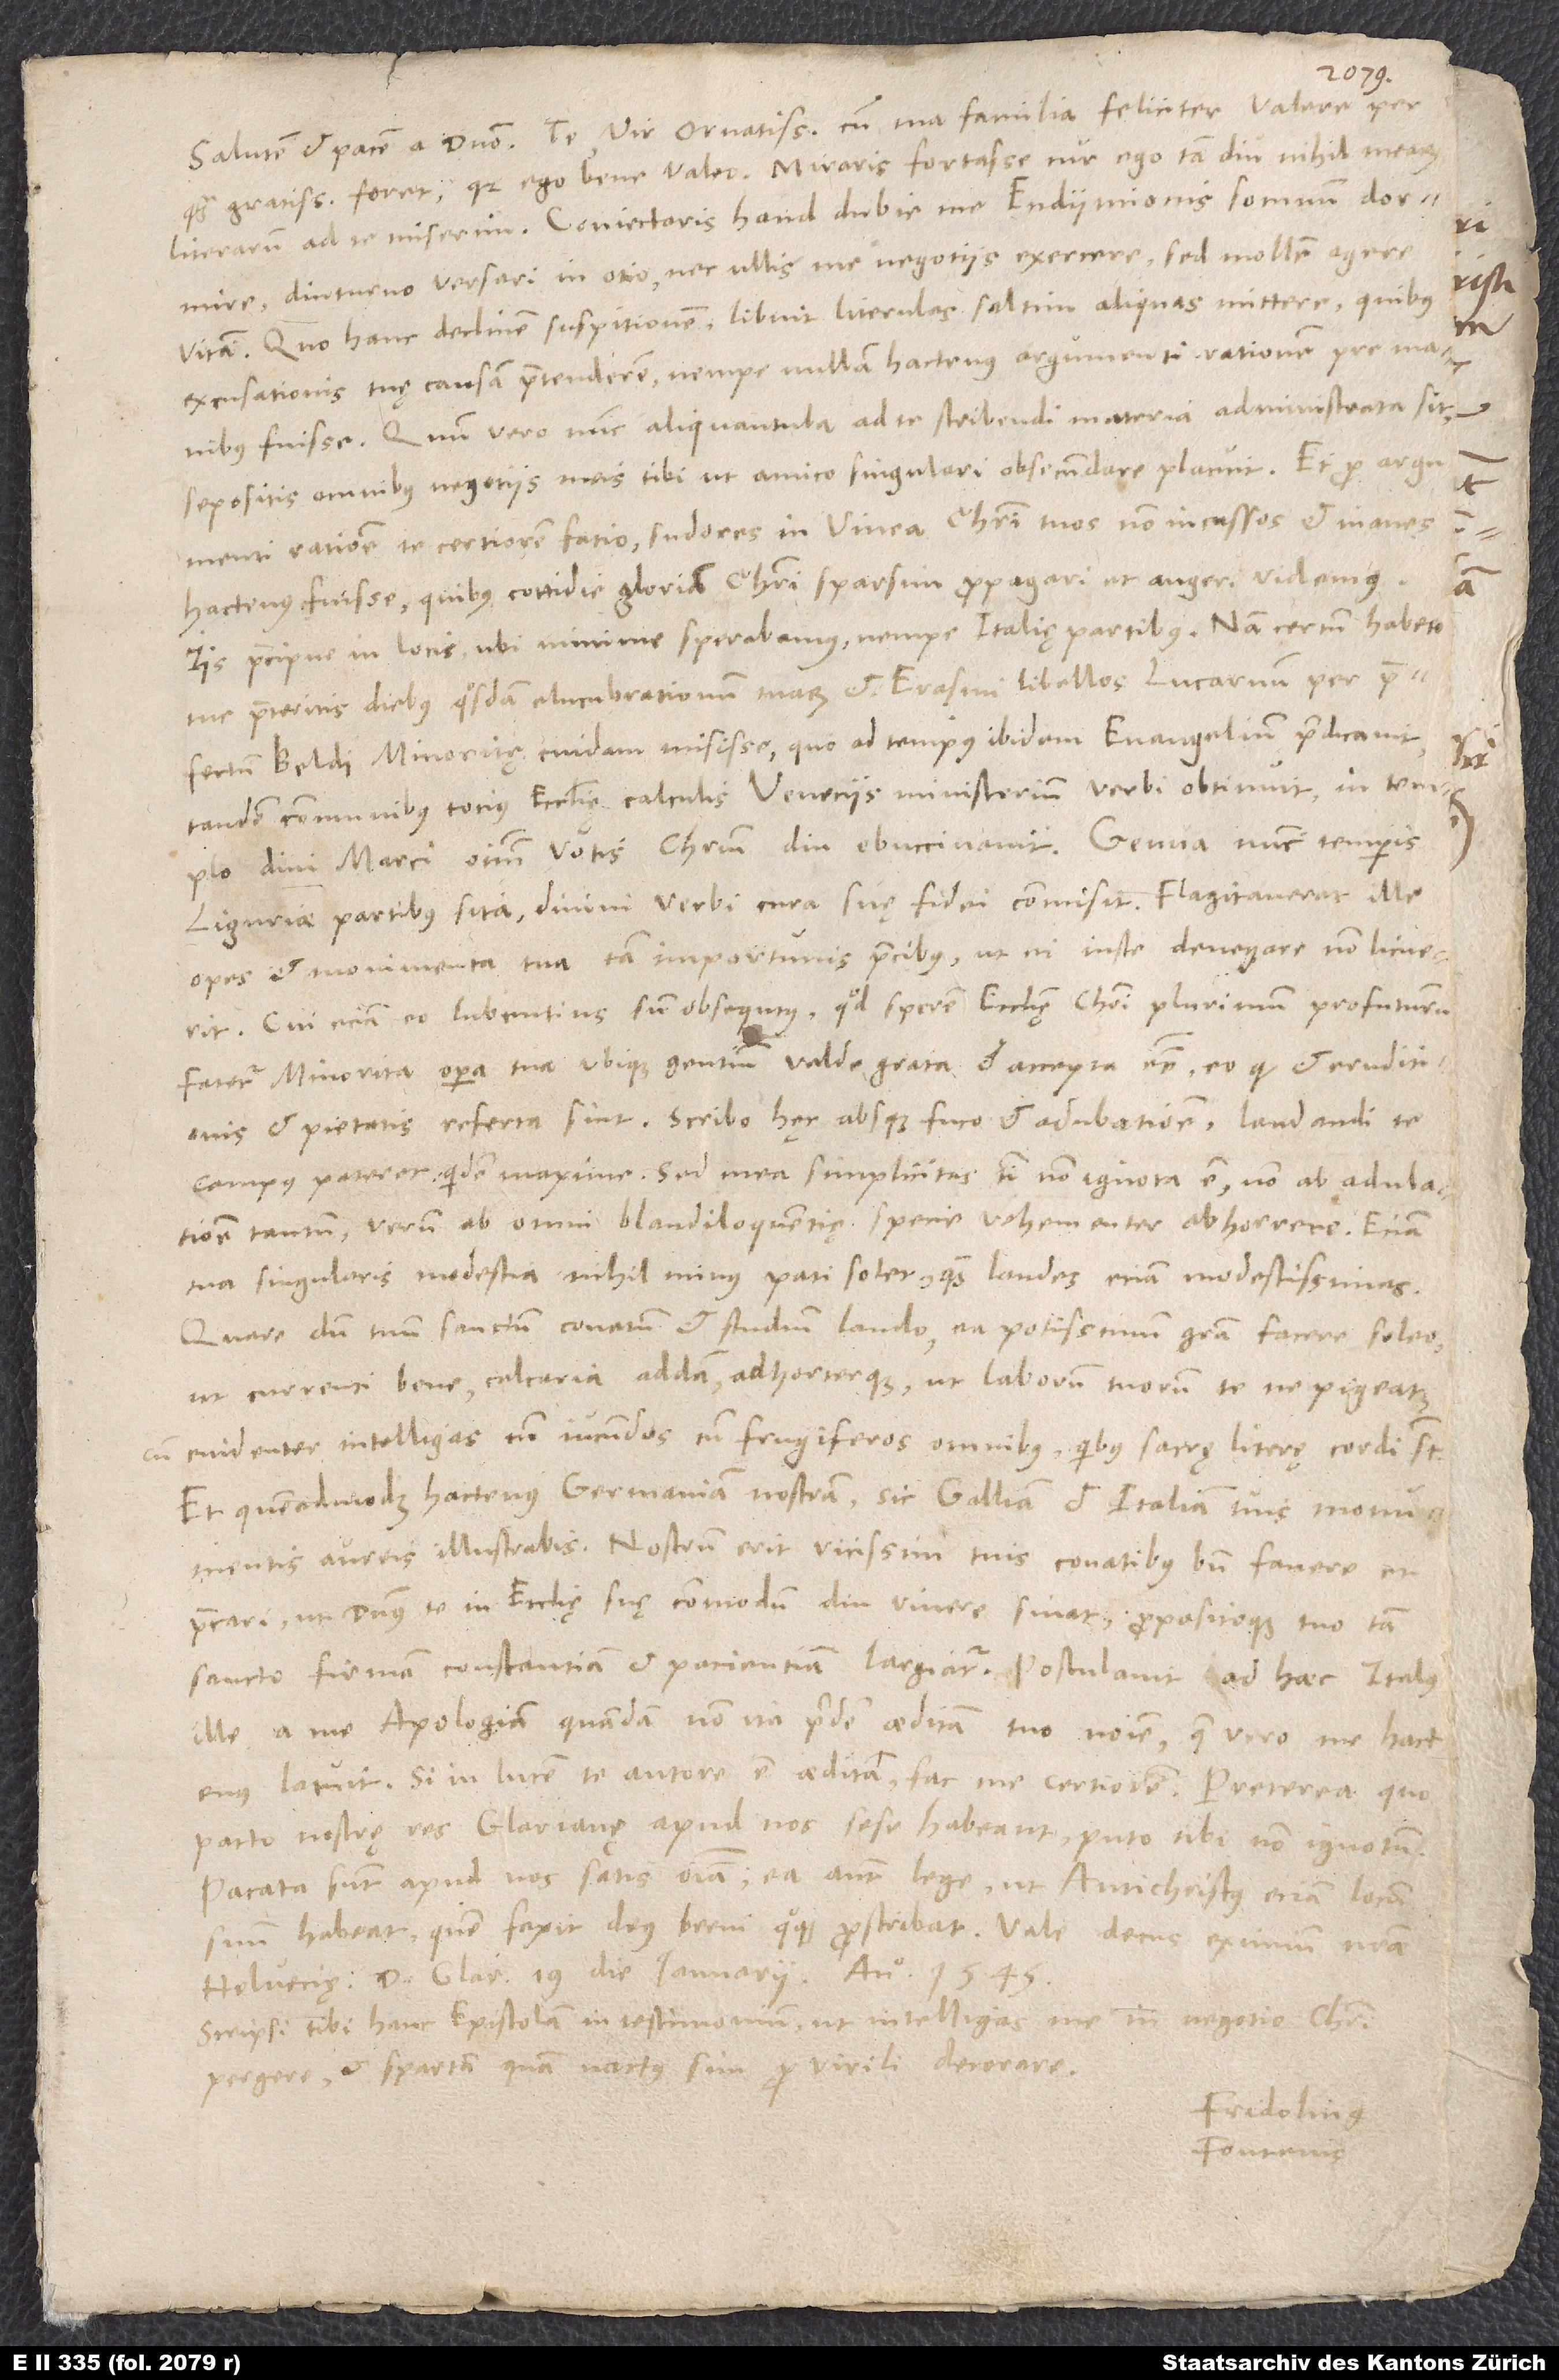
Salutem et pacem a domino. Te, vir ornatissime, cum tua familia feliciter valere perquam
gratissimum foret, quia ego bene valeo. Miraris fortasse, cur ego tam diu nihil mearum
literarum ad te miserim. Coniectaris haud dubie me Endymionis somnum dormire,
diuturno versari in otio, nec ullis me negotiis exercere, sed mollem agere
vitam. Quo hanc declinem suspitionem, libuit literulas, saltim aliquas, mittere, quibus
excusationis tuę causam praetenderem, nempe nullam hactenus argumenti rationem pre manibus
fuisse. Quum vero nunc aliquantula ad te scribendi materia administrata sit,
sepositis omnibus negotiis meis tibi ut amico singulari obsecundare placuit. Et pro argumenti
ratione te certiorem facio sudores in vinea Christi tuos non incassos et inanes
hactenus fuisse, quibus cottidie gloriam Christi sparsim propagari et augeri videmus
iis praecipue in locis, ubi minime sperabamus, nempe Italię partibus. Nam certum habeto
me praeteritis diebus quosdam elucubrationum tuarum et Erasmi libellos Lucarnum per praefectum
Beldi minoritę cuidam misisse, quo ad tempus ibidem evangelium praedicavit,
tandem communibus totius ecclesię calculis Veneciis ministerium verbi obtinuit, in templo
divi Marci omnium votis Christum diu ebuccinavit. Genua nunc temporis,
Liguriae partibus sita, divini verbi curam suę fidei commisit. Flagitaverat ille
opes et monimenta tua tam importunis precibus, ut ei iuste denegare non licuerit;
cui etiam eo lubentius sum obsequtus, quod sperem ecclesię Christi plurimum profuturum.
Fatetur minorita opera tua ubique gentium valde grata et accepta esse, eo quod et eruditionis
et pietatis referta sint. Scribo hęc absque fuco et adulatione; laudandi te
campus pateret quidem maxime, sed mea simplicitas tibi non ignota est; non ab adulatione
tantum, verum ab omni blandiloquentię specie me vehementer abhorrere. Eciam
tua singularis modestia nihil minus pati solet quam laudes eciam modestissimas.
Quare, dum tuum sanctum conatum et studium laudo, ea potissimum gratia facere soleo,
ut currenti bene calcaria addam adhorterque, ut, laborum tuorum te ne pigeat,
cum evidenter intelligas tum iucundos tum frugiferos omnibus, quibus sacrę literę cordi sunt.
Et quemadmodum hactenus Germaniam nostram, sic Galliam et Italiam tuis monumentis
aureis illustrabis. Nostrum erit vicissim tuis conatibus bene favere et
precari, ut dominus te in ecclesię suę commodum diu vivere sinat propositoque tuo tam
sancto firmam constantiam et pacientiam largiatur. Postulavit ad haec Italus
ille a me Apologiam quandam non ita pridem aeditam tuo nomine, quae vero me hactenus
latuit. Si in lucem te autore est aedita, fac me certiorem. Preterea, quo
pacto nostrę res Glarianę apud nos sese habeant, puto tibi non ignotum.
Pacata sunt apud nos satis omnia, ea autem lege, ut antichristus eciam locum
suum habeat; quem faxit deus, brevi quoque proscribat. Vale, decus eximium nostrae
Helvetię. Datum Glar, 19. die ianuarii anno 1545.
Scripsi tibi hanc epistolam in testimonium, ut intelligas me in negotio Christi
pergere et Spartam, quam nactus sim, pro virili decorare.
Fridolinus
Fonteius.